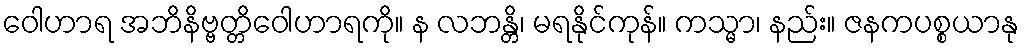
ဝေါဟာရ အဘိနိဗ္ဗတ္တိဝေါဟာရကို။ န လဘန္တိ၊ မရနိုင်ကုန်။ ကသ္မာ၊ နည်း။ ဇနကပစ္စယာနု